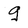
Character: g